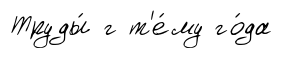
Труды́ г т'е́му го́да